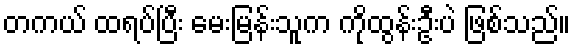
တကယ် ထရပ်ပြီး မေးမြန်းသူက ကိုထွန်းဦးပဲ ဖြစ်သည်။